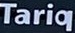
Tariq